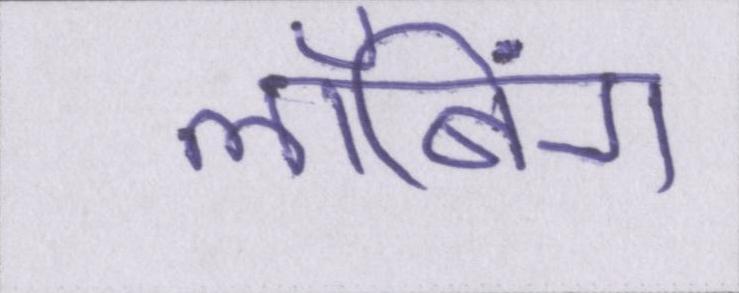
लॉबिंग